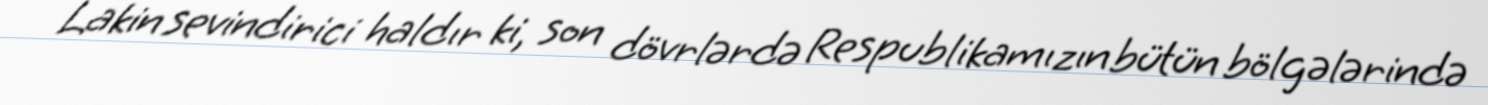
Lakin sevindirici haldır ki, son dövrlərdə Respublikamızın bütün bölgələrində